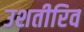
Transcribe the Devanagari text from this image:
उशतीरिव